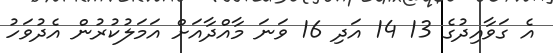
އެ ގަވާއިދުގެ 13 14 އަދި 16 ވަނަ މާއްދާއަށް އަމަލުކުރުން އެދުވަހު